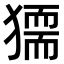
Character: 𤡤